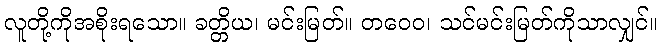
လူတို့ကိုအစိုးရသော။ ခတ္တိယ၊ မင်းမြတ်။ တဝေဝ၊ သင်မင်းမြတ်ကိုသာလျှင်။